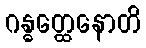
ဂန္ဓတ္ထေနောတိ